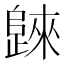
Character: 𣦨